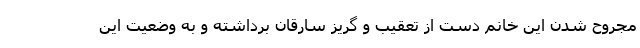
مجروح شدن این خانم دست از تعقیب و گریز سارقان برداشته و به وضعیت این